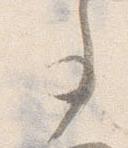
事